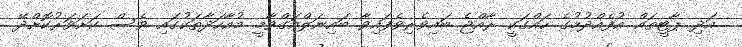
އަދި ޕާޓީތައް އުފެއްދުމުގެ ހައްގަކީ ރާއްޖެ ބައިވެރިވެފައިވާ ބައިނަލްއަގްވާމީ މުއާހަދާތަކުގައި ވެސް ކަށަވަރުކޮށްދޭ